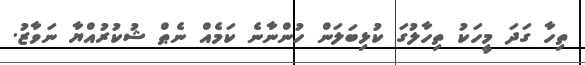
ތިހާ ގަދަ މީހަކު ތިހާލުގަ ކުޅިބަލަން ހުންނާނެ ކަމެއް ނެޠް ޝުކުރުއްޔާ ނަވާޒު.